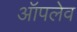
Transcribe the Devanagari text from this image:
ऑपलेव